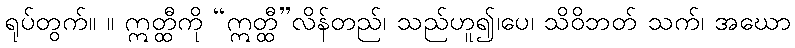
ရုပ်တွက်။ ။ ဣတ္ထီကို “ဣတ္ထီ”လိန်တည်၊ သည်ဟူ၍၊ပေ၊ သိဝိဘတ် သက်၊ အဃော